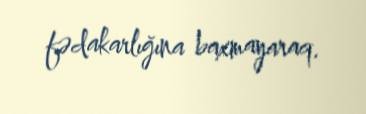
fədakarlığına baxmayaraq.